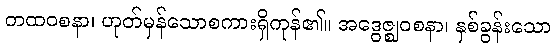
တထဝစနာ၊ ဟုတ်မှန်သောစကားရှိကုန်၏။ အဒွေဇ္ဈဝစနာ၊ နှစ်ခွန်းသော